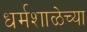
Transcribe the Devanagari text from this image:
धर्मशाळेच्या